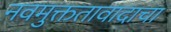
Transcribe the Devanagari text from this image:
नवमुक्ततावादाचा